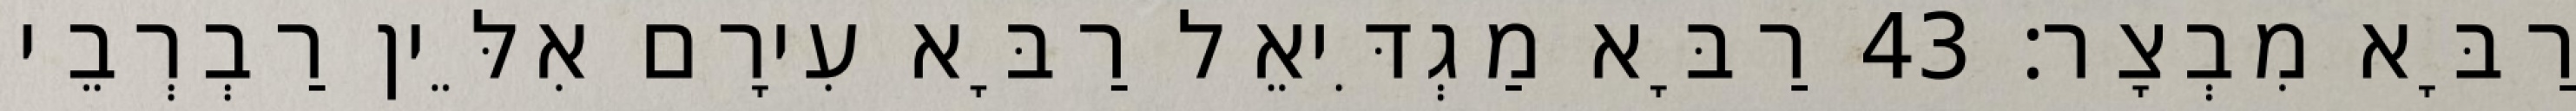
רַבָּא מִבְצָר׃ 43 רַבָּא מַגְדִּיאֵל רַבָּא עִירָם אִלֵּין רַבְרְבֵי